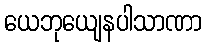
ယေဘုယျေနပါသာဏာ